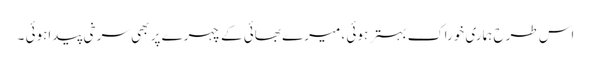
اس طرح ہماری خوراک بہتر ہوئی ، میرے بھائی کے چہرے پر بھی سرخی پیداہوئی ۔